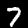
Label: 7